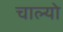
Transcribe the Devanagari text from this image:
चाल्‍यो